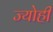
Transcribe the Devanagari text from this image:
ज्योहीं